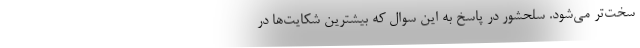
سخت‌تر می‌شود. سلحشور در پاسخ به این سوال که بیشترین شکایت‌ها در